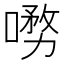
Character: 𭊞